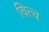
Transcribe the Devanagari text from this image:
वित्च